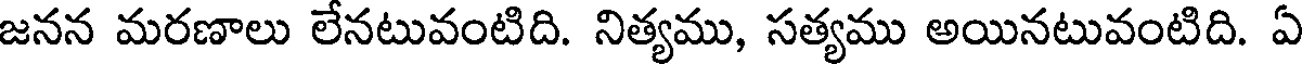
జనన మరణాలు లేనటువంటిది. నిత్యము, సత్యము అయినటువంటిది. ఏ